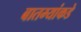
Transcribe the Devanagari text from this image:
बातम्यांकडे